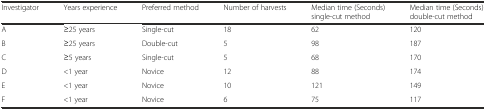
| Investigator | Years experience | Preferred method | Number of harvests | Median time (Seconds) single-cut method | Median time (Seconds) double-cut method |
 | --- | --- | --- | --- | --- | --- |
 | A | ≥25 years | Single-cut | 18 | 62 | 120 |
 | B | ≥25 years | Double-cut | 5 | 98 | 187 |
 | C | ≥5 years | Single-cut | 5 | 68 | 170 |
 | D | <1 year | Novice | 12 | 88 | 174 |
 | E | <1 year | Novice | 10 | 121 | 149 |
 | F | <1 year | Novice | 6 | 75 | 117 |